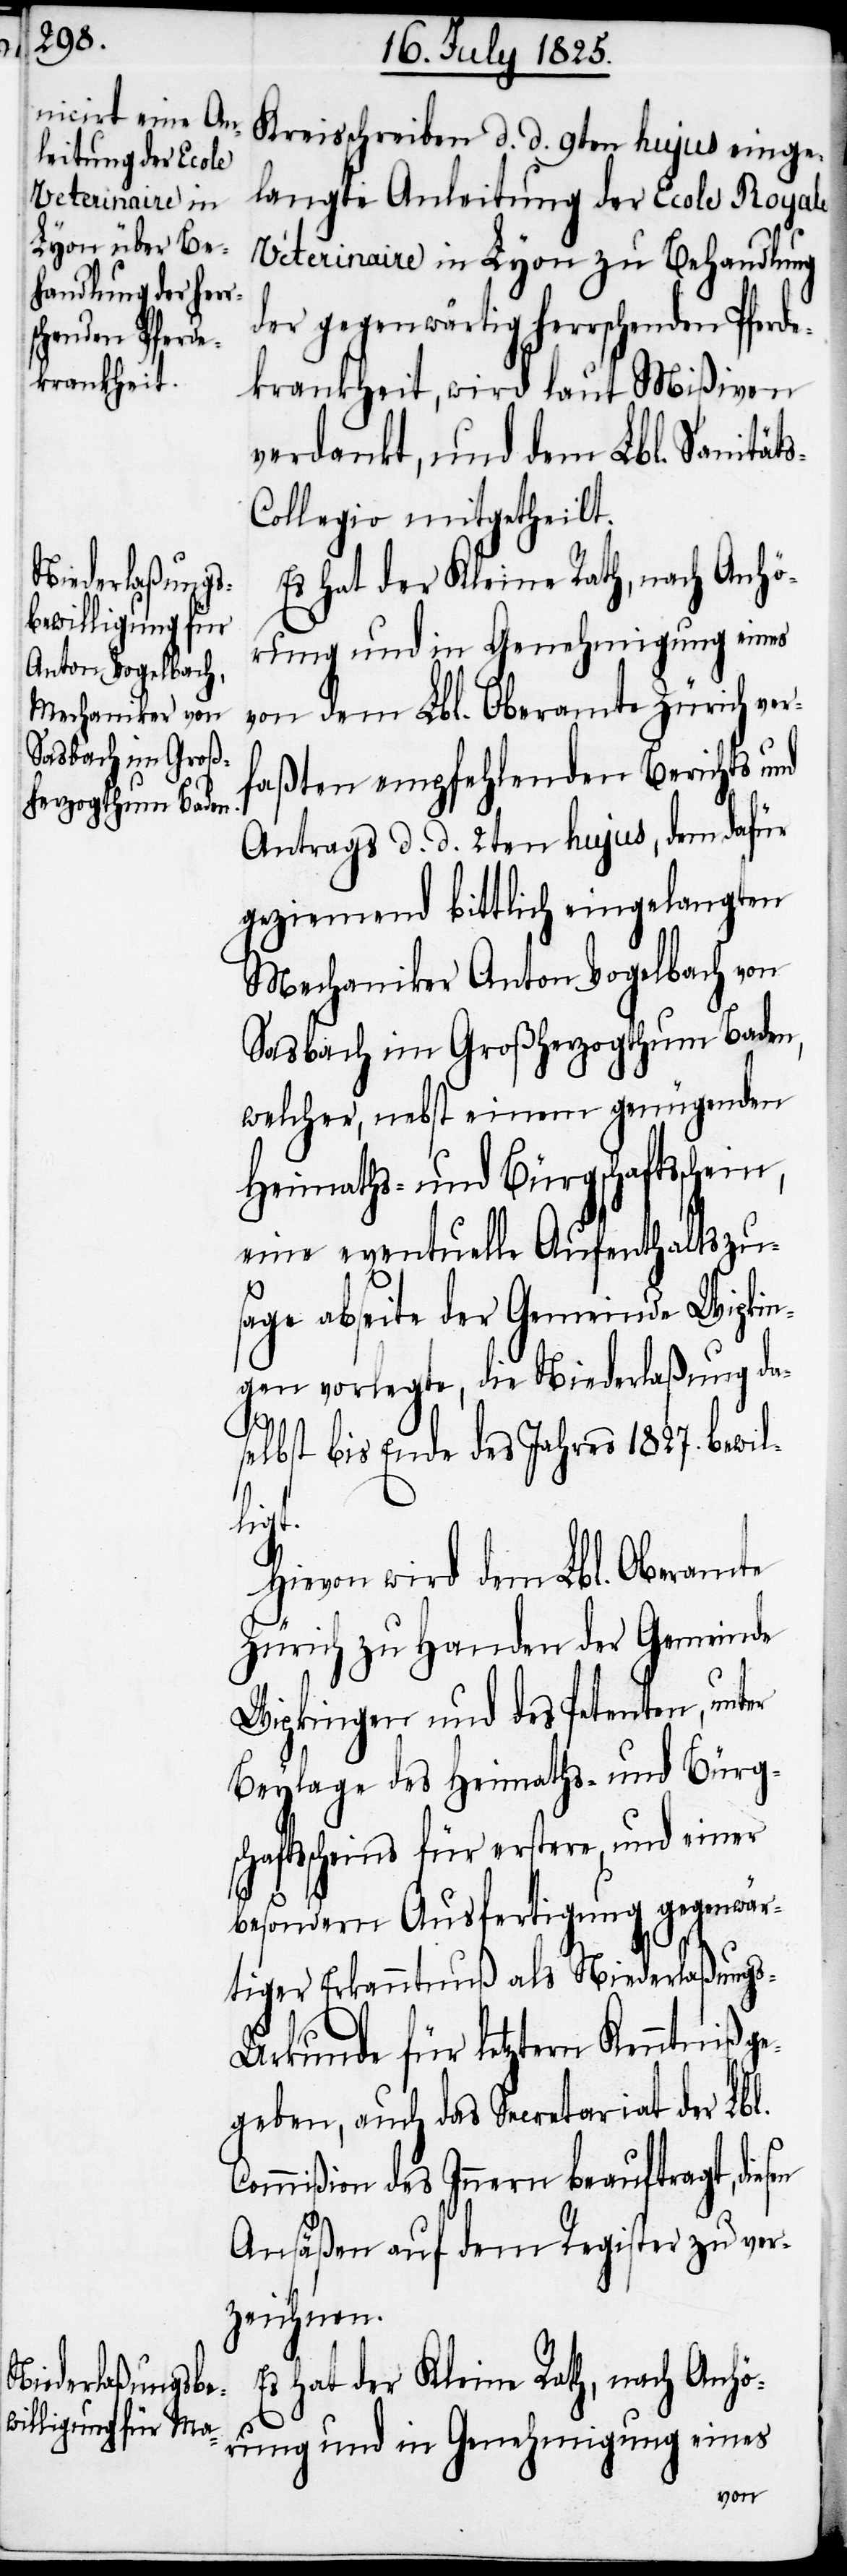
Kreisschreiben d. d. 9ten hujus einge¬
langte Anleitung der Ecole Royale
Veterinaire in Lyon zu Behandlung
der gegenwärtig herrschenden Pferde¬
krankheit, wird laut Mißiven
verdankt, und dem Lbl. Sanität¬
ollegio mitgetheilt.
Es hat der Kleine Rath, nach Anhö¬
rung und in Genehmigung eines
von dem Lbl. Oberamte Zürich ver¬
faßten empfehlenden Berichts und
Antrags d. d. 2ten hujus, dem dafür
geziemend bittlich eingelangten
Mechaniker Anton Vogelbach von
Sasbach im Großherzogthum Baden,
welcher, nebst einem genügenden
Heimaths- und Bürgschaftsschein,
eine eventuelle Aufenthaltszu¬
sage abseite der Gemeinde Wipkin¬
gen vorlegte, die Niederlaßung da¬
s-C¬
selbst bis Ende des Jahres 1827. bewil¬
ligt.
Hievon wird dem Lbl. Oberamte
Zürich zu Handen der Gemeinde
Wipkingen und des Petenten, unter
Beylage des Heimaths- und Bürg¬
schaftsscheins für erstere, und einer
besondern Ausfertigung gegenwär¬
tiger Erkanntnuß als Niederlaßungs-U¬
rkunde für letztern Kenntniß ge¬
geben, auch das Secretariat der Lbl.
Commißion des Innern beauftragt, diesen
Ansäßen auf dem Register zu ver¬
zeichnen.
Es hat der Kleine Rath, nach Anhö¬
rung und in Genehmigung eines